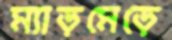
ম্যাড়মেড়ে